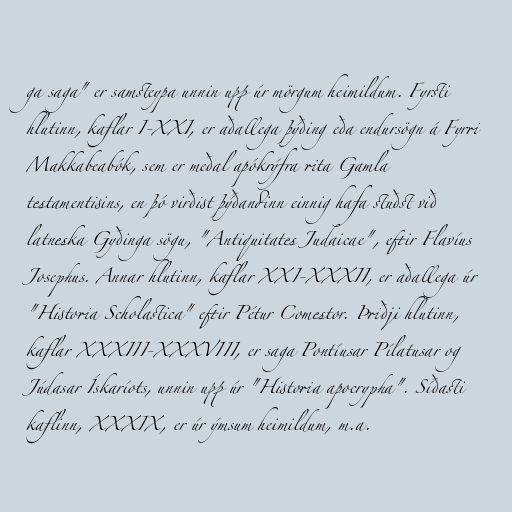
ga saga" er samsteypa unnin upp úr mörgum heimildum. Fyrsti
hlutinn, kaflar I-XXI, er aðallega þýðing eða endursögn á Fyrri
Makkabeabók, sem er meðal apókrýfra rita Gamla
testamentisins, en þó virðist þýðandinn einnig hafa stuðst við
latneska Gyðinga sögu, "Antiquitates Judaicae", eftir Flavíus
Josephus. Annar hlutinn, kaflar XXI-XXXII, er aðallega úr
"Historia Scholastica" eftir Pétur Comestor. Þriðji hlutinn,
kaflar XXXIII-XXXVIII, er saga Pontíusar Pílatusar og
Júdasar Ískaríots, unnin upp úr "Historia apocrypha". Síðasti
kaflinn, XXXIX, er úr ýmsum heimildum, m.a.